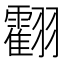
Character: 𦒧